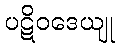
ပဋိဝဒေယျု